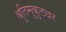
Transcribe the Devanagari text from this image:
श्रुतिमुकुटधर